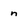
Character: n